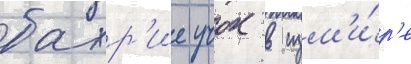
бахр'ие учок в изм'и́р'е